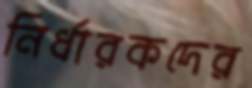
নির্ধারকদের